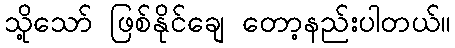
သို့သော် ဖြစ်နိုင်ချေ တော့နည်းပါတယ်။